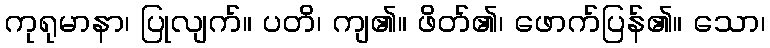
ကုရုမာနာ၊ ပြုလျက်။ ပတိ၊ ကျ၏။ ဖိတ်၏၊ ဖောက်ပြန်၏။ သော၊